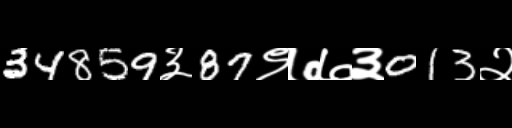
Text: 34859३87९७७३013२